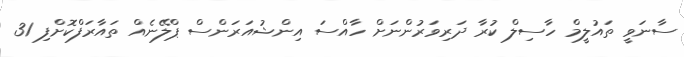
ސާނަވީ ތައުލީމް ހާސިލް ކުރާ ދަރިވަރުންނަށް ހާއްސަ އިންޝުއަރަންސް ޕްލޭނެއް ތައާރަފްކޮށްފި 31